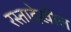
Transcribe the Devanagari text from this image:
रस्तादेखील